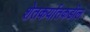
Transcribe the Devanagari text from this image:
शेतकर्यातकडील